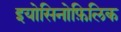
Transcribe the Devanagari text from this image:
इयोसिनोफ़िलिक